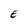
Character: E